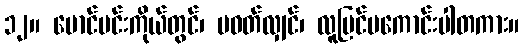
၁၂။ မောင်မင်းကိုယ်တွင်၊ မဝတ်လျှင်၊ လူမြင်မကောင်းပါတကား။